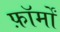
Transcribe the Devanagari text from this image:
फ़ॉर्मों